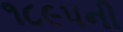
૧૮૯૫ની